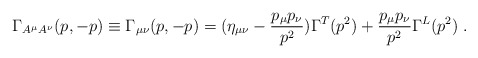
\begin{align*} \Gamma _{A^\mu A^\nu} (p,-p) \equiv \Gamma_{\mu \nu} (p,-p) = (\eta_{\mu \nu} - \frac{p_{\mu} p_{\nu}}{p^2}) \Gamma^T (p^2) + \frac{p_{\mu} p_{\nu}}{p^2} \Gamma^L(p^2) \; .\end{align*}